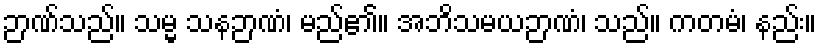
ဉာဏ်သည်။ သမ္မ သနဉာဏံ၊ မည်၏။ အဘိသမယဉာဏံ၊ သည်။ ကတမံ၊ နည်း။